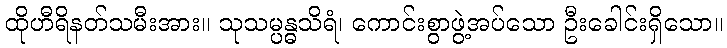
ထိုဟီရိနတ်သမီးအား။ သုသမ္ပန္ဓသိရံ၊ ကောင်းစွာဖွဲ့အပ်သော ဦးခေါင်းရှိသော။